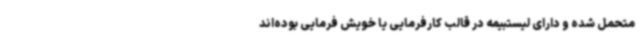
متحمل شده و دارای لیستبیمه در قالب کارفرمایی یا خویش فرمایی بوده‌اند